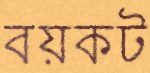
বয়কট